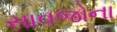
સાવજોના